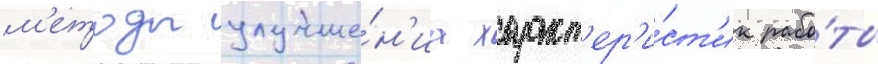
м'етоды улучше́н'иа характ'ер'и́ст'ик рабо́ты